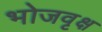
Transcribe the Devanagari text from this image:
भोजवृक्ष